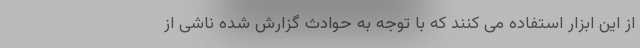
از این ابزار استفاده می کنند که با توجه به حوادث گزارش شده ناشی از